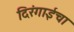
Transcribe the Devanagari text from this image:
दिरंगाईचा